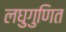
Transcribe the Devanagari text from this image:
लघुगुणित